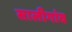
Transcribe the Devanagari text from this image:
सालीगांव